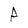
Character: A